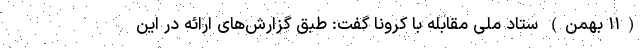
(۱۱ بهمن) ستاد ملی مقابله با کرونا گفت: طبق گزارش‌های ارائه در این